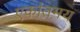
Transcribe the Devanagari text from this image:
एकांतमय